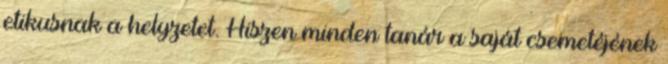
etikusnak a helyzetet. Hiszen minden tanár a saját csemetéjének